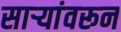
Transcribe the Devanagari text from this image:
साऱ्यांवरून